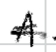
Text: A
Cross-out: single-line
Writing tool: digital_black